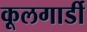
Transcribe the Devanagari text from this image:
कूलगार्डी